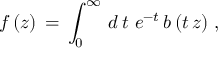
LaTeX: f \, ( z ) \, = \, \int _ { 0 } ^ { \infty } \, d \, t \ e ^ { - t } \, b \, ( t \, z ) \, \, ,